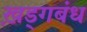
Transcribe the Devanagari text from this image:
ख़ड्गबंध